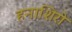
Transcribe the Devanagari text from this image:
हनाशिरो